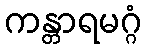
ကန္တာရမဂ္ဂံ